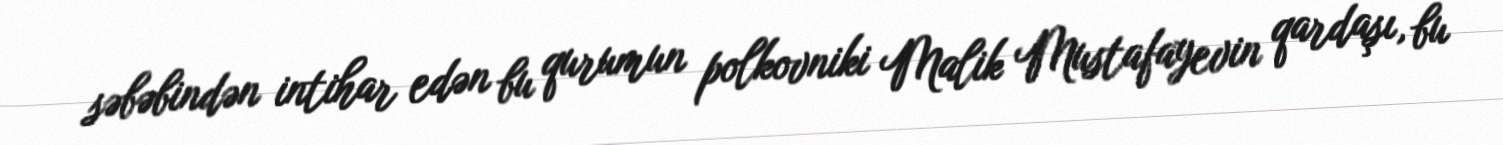
səbəbindən intihar edən bu qurumun polkovniki Malik Mustafayevin qardaşı, bu